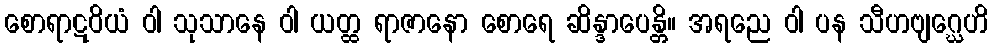
စောရာဋဝိယံ ဝါ သုသာနေ ဝါ ယတ္ထ ရာဇာနော စောရေ ဆိန္ဒာပေန္တိ။ အရညေ ဝါ ပန သီဟဗျဂ္ဃေဟိ